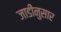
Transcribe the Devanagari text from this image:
जाडीनुसार